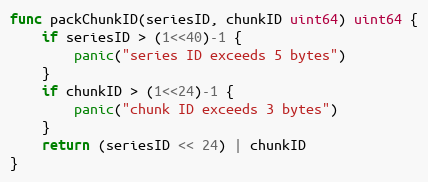
Language: Go
func packChunkID(seriesID, chunkID uint64) uint64 {
	if seriesID > (1<<40)-1 {
		panic("series ID exceeds 5 bytes")
	}
	if chunkID > (1<<24)-1 {
		panic("chunk ID exceeds 3 bytes")
	}
	return (seriesID << 24) | chunkID
}